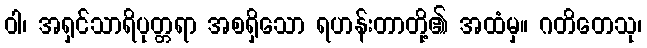
ဝါ၊ အရှင်သာရိပုတ္တရာ အစရှိသော ရဟန်းတာတို့၏ အထံမှ။ ဂတိတေသု၊